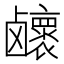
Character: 𱊽